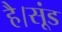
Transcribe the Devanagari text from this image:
है।सूंड